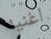
اغنيه